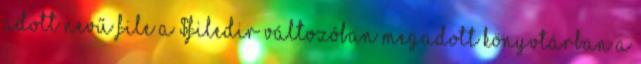
adott nevű file a $filedir változóban megadott könyvtárban A